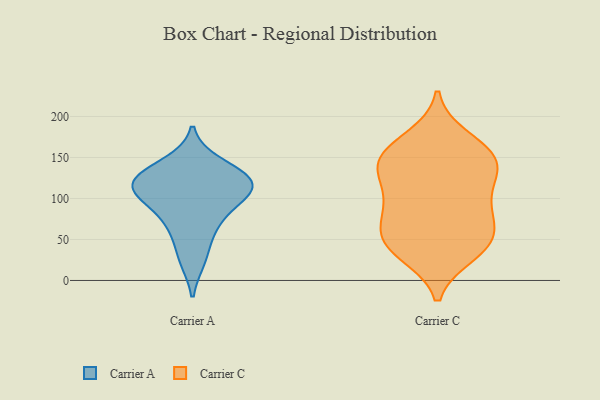
{"axis": {"x": "Humidity (%)", "y": "Value"}, "legend": ["Carrier A", "Carrier C"], "data": [{"x": "", "y": 58, "type": "Carrier A"}, {"x": "", "y": 143, "type": "Carrier A"}, {"x": "", "y": 108, "type": "Carrier A"}, {"x": "", "y": 116, "type": "Carrier A"}, {"x": "", "y": 79, "type": "Carrier A"}, {"x": "", "y": 124, "type": "Carrier A"}, {"x": "", "y": 96, "type": "Carrier A"}, {"x": "", "y": 117, "type": "Carrier A"}, {"x": "", "y": 25, "type": "Carrier A"}, {"x": "", "y": 126, "type": "Carrier A"}, {"x": "", "y": 95, "type": "Carrier C"}, {"x": "", "y": 138, "type": "Carrier C"}, {"x": "", "y": 40, "type": "Carrier C"}, {"x": "", "y": 78, "type": "Carrier C"}, {"x": "", "y": 135, "type": "Carrier C"}, {"x": "", "y": 148, "type": "Carrier C"}, {"x": "", "y": 41, "type": "Carrier C"}, {"x": "", "y": 139, "type": "Carrier C"}, {"x": "", "y": 160, "type": "Carrier C"}, {"x": "", "y": 114, "type": "Carrier C"}, {"x": "", "y": 71, "type": "Carrier C"}, {"x": "", "y": 33, "type": "Carrier C"}, {"x": "", "y": 154, "type": "Carrier C"}, {"x": "", "y": 51, "type": "Carrier C"}, {"x": "", "y": 50, "type": "Carrier C"}, {"x": "", "y": 93, "type": "Carrier C"}, {"x": "", "y": 173, "type": "Carrier C"}]}